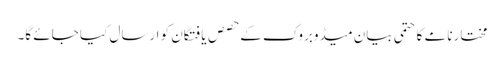
مختارنامے کا حتمی بیان میڈوبروک کے حصص یافتگان کو ارسال کیا جائے گا۔